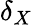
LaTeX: \delta_{X}